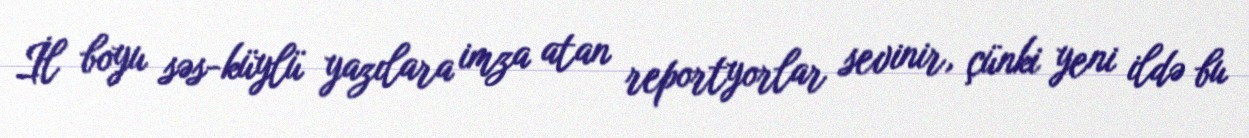
İl boyu səs-küylü yazılara imza atan reportyorlar sevinir, çünki yeni ildə bu